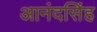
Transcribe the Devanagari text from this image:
आनंदसिंह